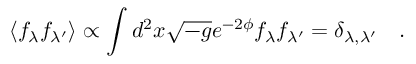
\langle f _ { \lambda } f _ { \lambda ^ { \prime } } \rangle \propto \int d ^ { 2 } x \sqrt { - g } e ^ { - 2 \phi } f _ { \lambda } f _ { \lambda ^ { \prime } } = \delta _ { \lambda , \lambda ^ { \prime } } \quad .